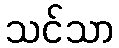
သင်သာ